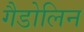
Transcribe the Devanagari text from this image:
गैडोलिन